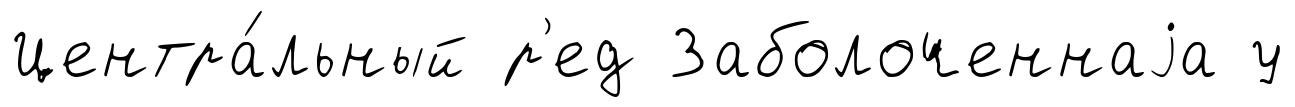
Центра́льный р'ед Заболоченнаjа у